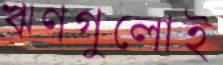
ঋণগুলোই